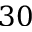
3 0